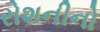
રોશનીનો